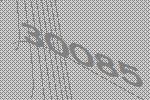
30085